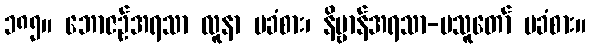
၁၈၅။ ဘောဇဉ်အရသာ လူနာ မခံစား၊ နိဗ္ဗာန်အရသာ-မသူတော် မခံစား။